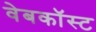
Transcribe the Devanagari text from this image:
वेबकॉस्ट